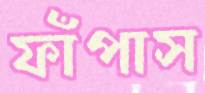
ফাঁপাস